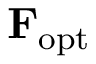
\mathbf { F } _ { \mathrm { o p t } }